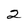
Character: 2